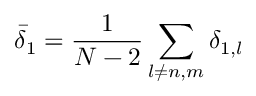
\bar { \delta } _ { 1 } = \frac { 1 } { N - 2 } \sum _ { l \neq n , m } \delta _ { 1 , l }